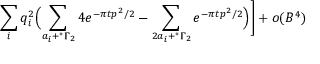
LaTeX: \sum _ { i } q _ { i } ^ { 2 } \Bigl ( \sum _ { a _ { i } + ^ { * } \Gamma _ { 2 } } 4 e ^ { - { \pi t } p ^ { 2 } / 2 } - \sum _ { 2 a _ { i } + ^ { * } \Gamma _ { 2 } } e ^ { - { \pi t } p ^ { 2 } / 2 } \Bigr ) \Biggr ] + o ( { \cal B } ^ { 4 } )